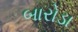
બારોડા